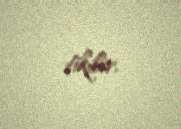
tikilir.